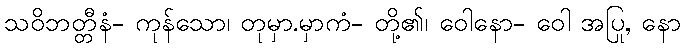
သဝိဘတ္တီနံ- ကုန်သော၊ တုမှာ.မှာကံ- တို့၏၊ ဝေါနော- ဝေါ အပြု, နော